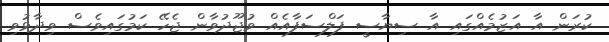
ކުރަން އާ އަޒުމެއްގައި އާ ސިޔާސީ ފަލްސަފާއެއް ވުޖޫދުވާން ޖެހޭ ކަމުގައިވެސް ވިދާޅުވި